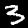
Digit: 3